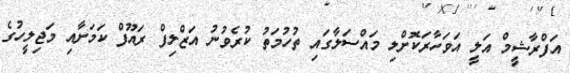
އަފްރާޝީމް އަލީ އަވަހާރަކޮށްލި މައްސަލާގައި ތުހުމަތު ކުރެވުނު އަޒްލިފް ރައޫފް ކަމަށާއި މަޖިލީހުގެ